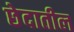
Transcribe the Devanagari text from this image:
छेदातील